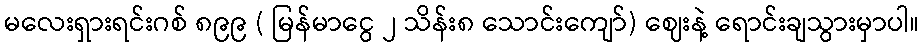
မလေးရှားရင်းဂစ် ၈၉၉ ( မြန်မာငွေ ၂ သိန်း၈ သောင်းကျော်) ဈေးနဲ့ ရောင်းချသွားမှာပါ။